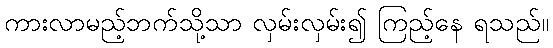
ကားလာမည့်ဘက်သို့သာ လှမ်းလှမ်း၍ ကြည့်နေ ရသည်။